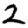
Digit: 2